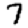
Digit: 7